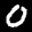
Label: 0